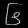
Digit: ၆